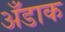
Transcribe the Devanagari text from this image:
अँडाक